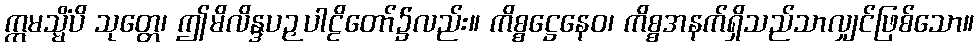
ဣမသ္မိံပိ သုတ္တေ၊ ဤမိလိန္ဒပဉှပါဠိတော်၌လည်း။ ကိစ္စဋ္ဌေနေဝ၊ ကိစ္စအနက်ရှိသည်သာလျှင်ဖြစ်သော။